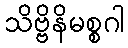
သိဗ္ဗိနိမစ္စဂါ